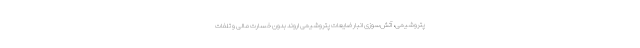
پتروشیمی، آتش‌سوزی انبار ضایعات پتروشیمی اروند بدون خسارت مالی و تلفات